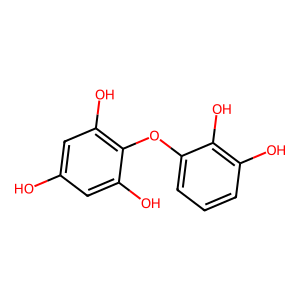
SMILES: Oc1cc(O)c(Oc2cccc(O)c2O)c(O)c1
Inhibits HIV replication: No